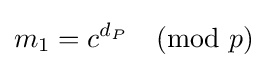
m_{1}=c^{d_{P}}{\pmod {p}}